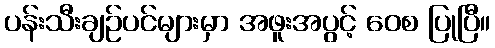
ပန်းသီးချဉ်ပင်များမှာ အဖူးအပွင့် ဝေစ ပြုပြီ။